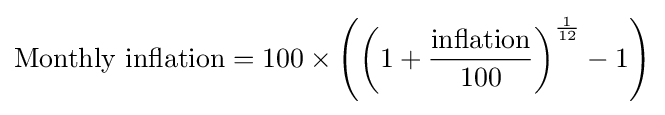
{\hbox{Monthly inflation}}=100\times \left(\left(1+{\frac {\hbox{inflation}}{100}}\right)^{\frac {1}{12}}-1\right)